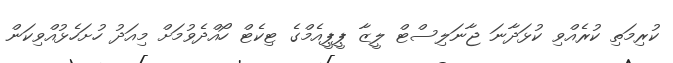
ކުރިމަތި ކުރެއްވި ކުޅަދާނަ ޖާނަލިސްޓް ލީޒާ ޕީޕީއެމްގެ ޓިކެޓް ހޯއްދެވުމަށް މިއަދު ހުށަހެޅުއްވިކަން